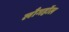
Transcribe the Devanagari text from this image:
लाँगहॉल